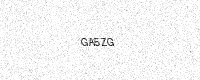
Text: GA5ZG